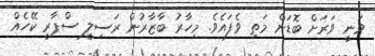
ވަނީ ވަރަށް ބޮޑަށް މަތި ވެފައެވެ. މިހާރު ބާޒާރުން ރަސިލީ ސްޕާރީ ކޭހެއް